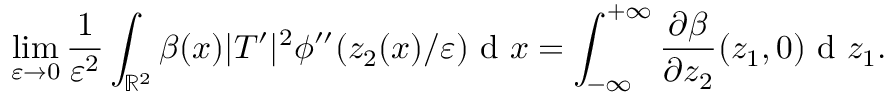
\operatorname* { l i m } _ { \varepsilon \to 0 } \frac { 1 } { \varepsilon ^ { 2 } } \int _ { \mathbb { R } ^ { 2 } } \beta ( x ) | T ^ { \prime } | ^ { 2 } \phi ^ { \prime \prime } ( z _ { 2 } ( x ) / \varepsilon ) \textrm { d } x = \int _ { - \infty } ^ { + \infty } \frac { \partial \beta } { \partial z _ { 2 } } ( z _ { 1 } , 0 ) \textrm { d } z _ { 1 } .